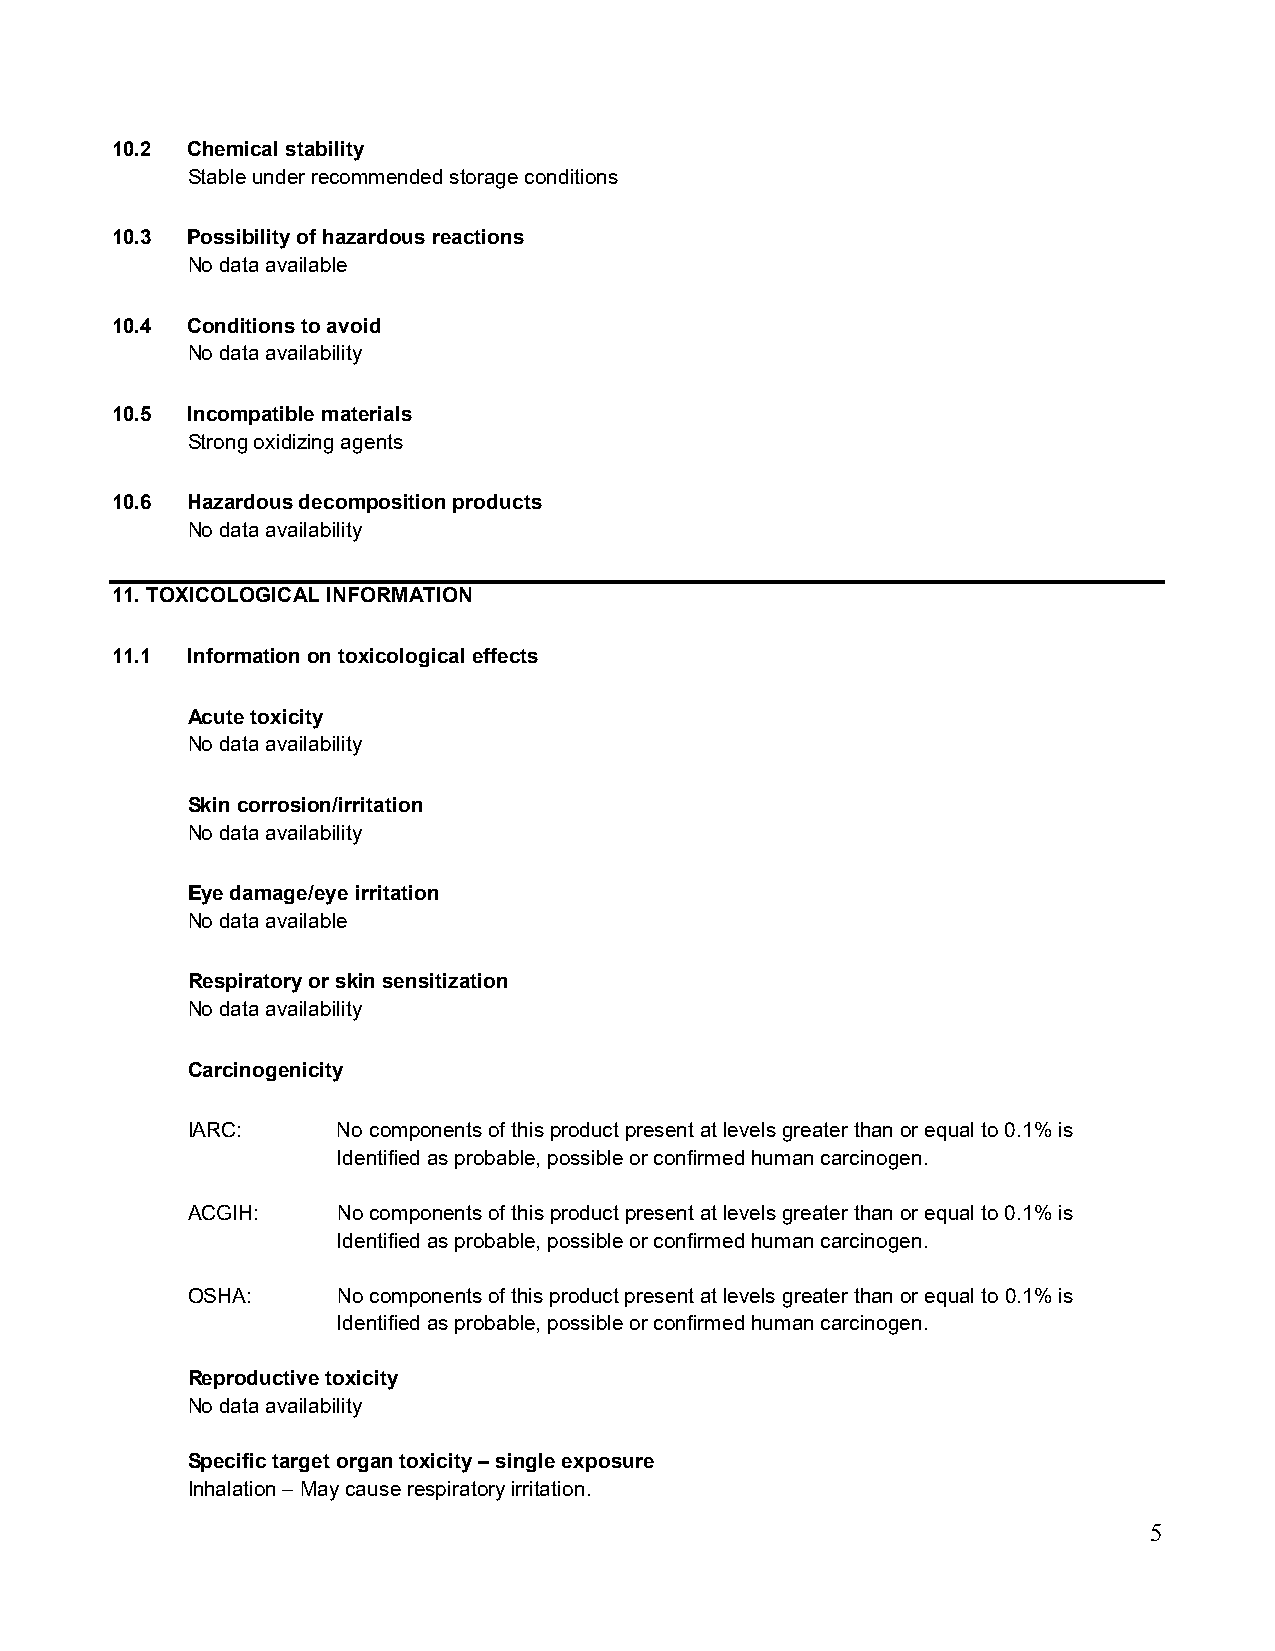
10.2 Chemical stability
 Stable under recommended storage conditions
 10.3 Possibility of hazardous reactions
 No data available
 10.4 Conditions to avoid
 No data availability
 10.5 Incompatible materials
 Strong oxidizing agents
 10.6 Hazardous decomposition products
 No data availability
 11. TOXICOLOGICAL INFORMATION
 11.1 Information on toxicological effects
 Acute toxicity
 No data availability
 Skin corrosion/irritation
 No data availability
 Eye damage/eye irritation
 No data available
 Respiratory or skin sensitization
 No data availability
 Carcinogenicity
 IARC:     No components of this product present at levels greater than or equal to 0.1% is
 Identified as probable, possible or confirmed human carcinogen.
 ACGIH:    No components of this product present at levels greater than or equal to 0.1% is
 Identified as probable, possible or confirmed human carcinogen.
 OSHA:     No components of this product present at levels greater than or equal to 0.1% is
 Identified as probable, possible or confirmed human carcinogen.
 Reproductive toxicity
 No data availability
 Specific target organ toxicity – single exposure
 Inhalation – May cause respiratory irritation.
 5